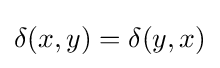
\delta (x,y)=\delta (y,x)